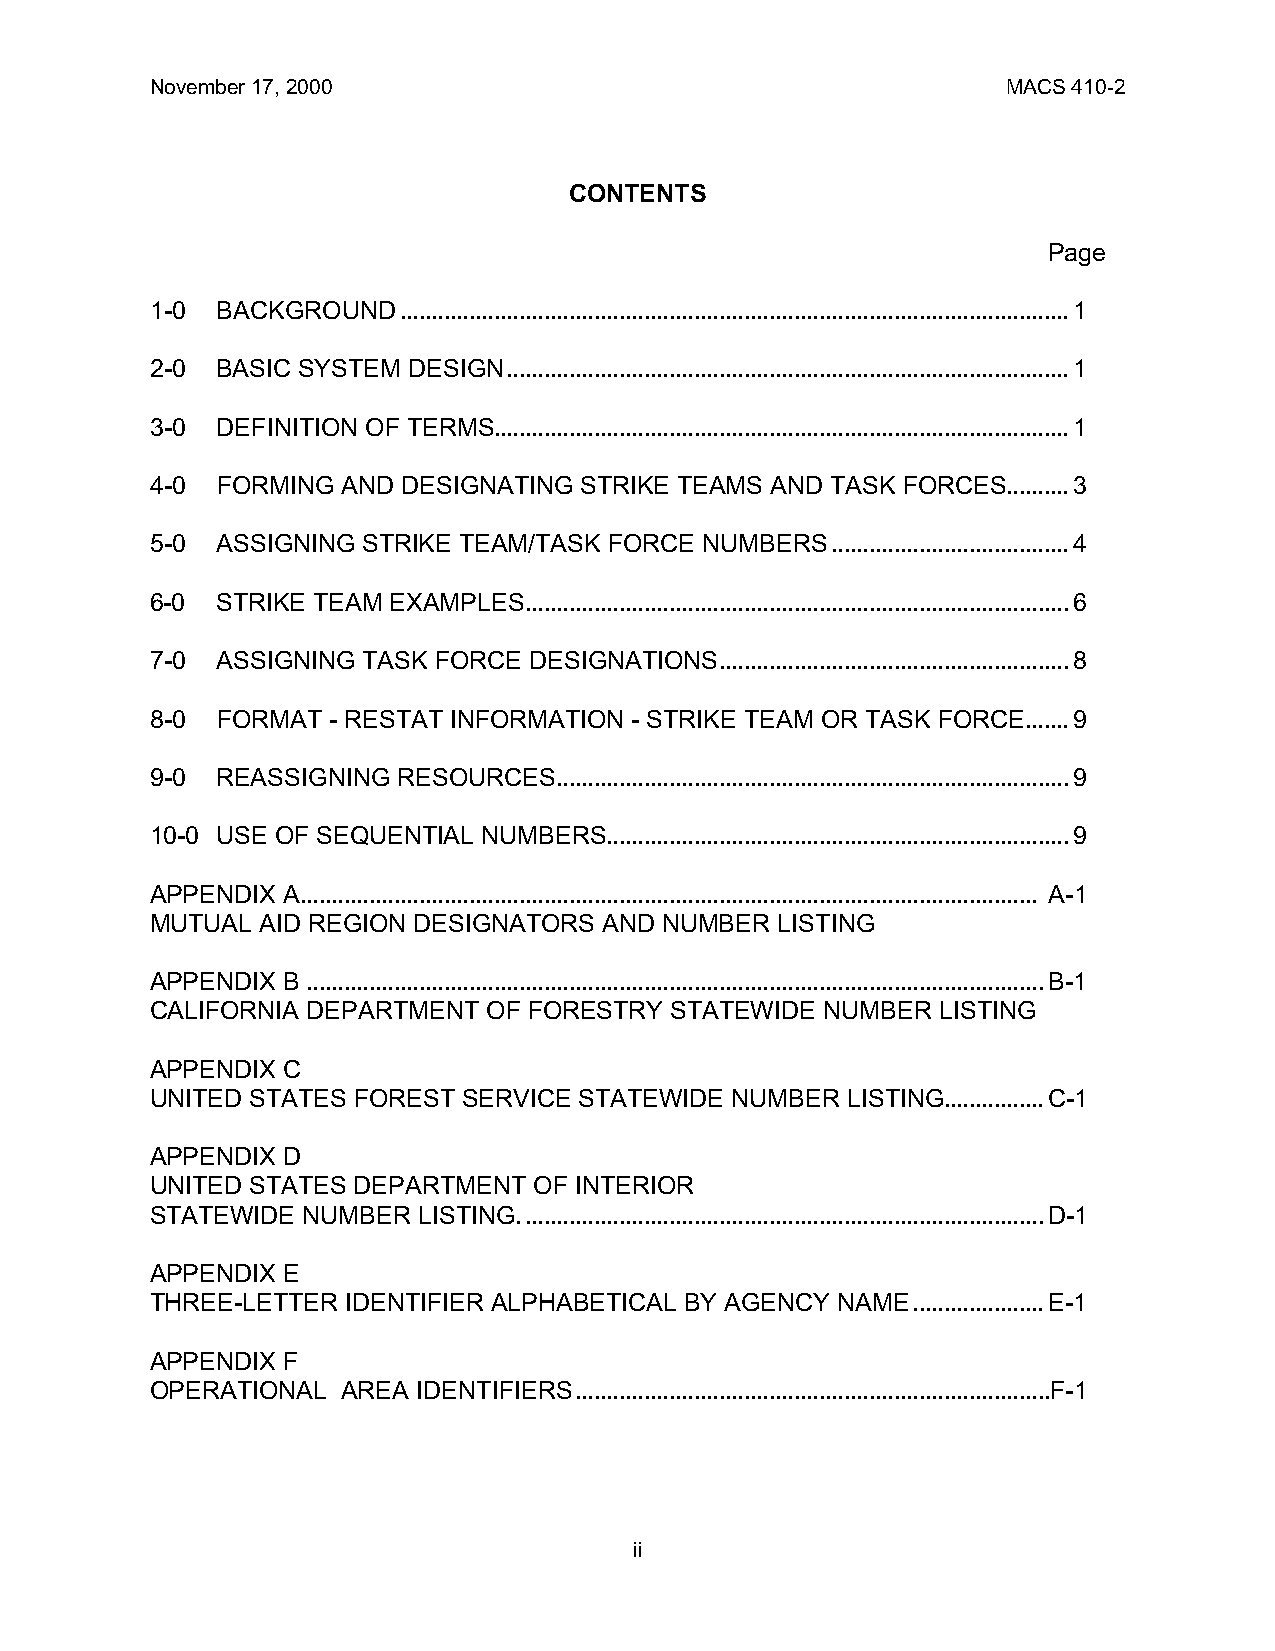
November 17, 2000                                        MACS 410-2
 CONTENTS
 Page
 1-0 BACKGROUND...........................................................................................................1
 2-0 BASIC SYSTEM DESIGN..........................................................................................1
 3-0 DEFINITION OF TERMS............................................................................................1
 4-0 FORMING  AND DESIGNATING STRIKE TEAMS AND TASK FORCES..........3
 5-0 ASSIGNING STRIKE TEAM/TASK FORCE NUMBERS......................................4
 6-0 STRIKE TEAM EXAMPLES.......................................................................................6
 7-0 ASSIGNING TASK FORCE DESIGNATIONS........................................................8
 8-0 FORMAT  - RESTAT INFORMATION - STRIKE TEAM OR TASK FORCE.......9
 9-0 REASSIGNING RESOURCES..................................................................................9
 10-0 USE OF SEQUENTIAL NUMBERS..........................................................................9
 APPENDIX A...................................................................................................................... A-1
 MUTUAL AID REGION DESIGNATORS AND NUMBER LISTING
 APPENDIX B ......................................................................................................................B-1
 CALIFORNIA DEPARTMENT OF FORESTRY STATEWIDE  NUMBER LISTING
 APPENDIX C
 UNITED STATES FOREST SERVICE STATEWIDE NUMBER LISTING................C-1
 APPENDIX D
 UNITED STATES DEPARTMENT OF INTERIOR
 STATEWIDE NUMBER  LISTING....................................................................................D-1
 APPENDIX E
 THREE-LETTER IDENTIFIER ALPHABETICAL BY AGENCY NAME.....................E-1
 APPENDIX F
 OPERATIONAL  AREA IDENTIFIERS............................................................................F-1
 ii